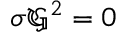
\sigma { \mathfrak { G } } ^ { 2 } = 0